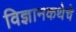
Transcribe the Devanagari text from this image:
विज्ञानकथेचे